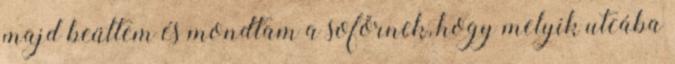
majd beültem és mondtam a sofőrnek, hogy melyik utcába